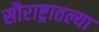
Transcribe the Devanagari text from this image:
सौराष्ट्रातल्या